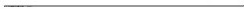
___